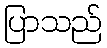
ပြာသည်